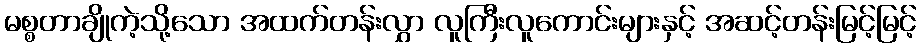
မစ္စတာချိုကဲ့သို့သော အထက်တန်းလွှာ လူကြီးလူကောင်းများနှင့် အဆင့်တန်းမြင့်မြင့်